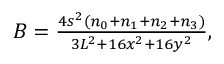
\begin{array} { r } { B = \frac { 4 s ^ { 2 } ( n _ { 0 } + n _ { 1 } + n _ { 2 } + n _ { 3 } ) } { 3 L ^ { 2 } + 1 6 x ^ { 2 } + 1 6 y ^ { 2 } } , } \end{array}